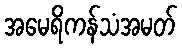
အမေရိကန်သံအမတ်